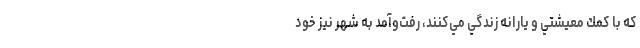
كه با كمك معيشتي و يارانه زندگي مي‌كنند، رفت‌و‌آمد به شهر نيز خود